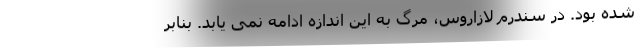
شده بود. در سندرم لازاروس، مرگ به این اندازه ادامه نمی یابد. بنابر